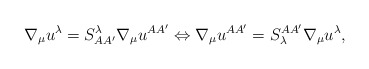
\begin{align*}\nabla _{\mu }u^{\lambda }=S_{AA^{\prime }}^{\lambda }\nabla _{\mu}u^{AA^{\prime }}\Leftrightarrow \nabla _{\mu }u^{AA^{\prime }}=S_{\lambda}^{AA^{\prime }}\nabla _{\mu }u^{\lambda }, \end{align*}